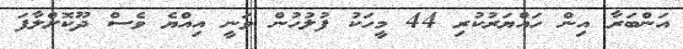
އަންބަރާ އިން ހައްޔަރުކުރި 44 މީހަކު ފުލުހުން ވަނީ އިއްޔެ ވެސް ދޫކޮށްލާފަ